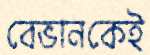
বেভানকেই